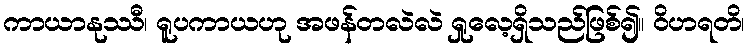
ကာယာနုဿီ၊ ရူပကာယဟု အဖန်တလဲလဲ ရှုလေ့ရှိသည်ဖြစ်၍။ ဝိဟရတိ၊